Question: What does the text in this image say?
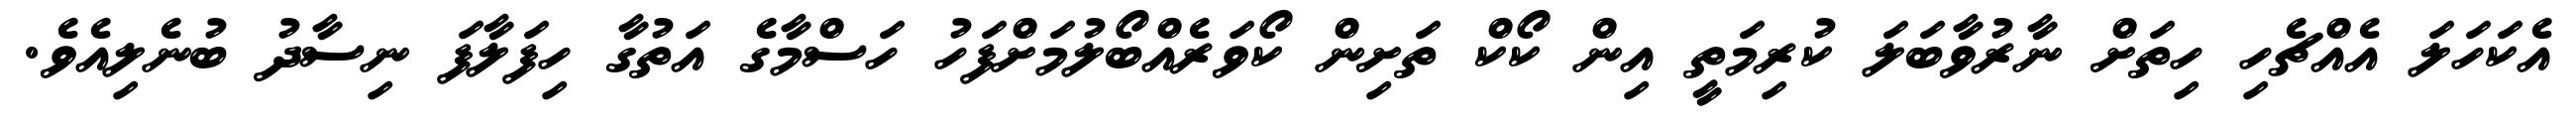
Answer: އެކަހަލަ އެއްޗެހި ހިތަށް ނާރުވާބަލަ ކުރިމަތީ އިން ކޯކް ތަށިން ކޯވަރެއްބޯލުމަށްފަހު ހަސްމާގެ އަތުގާ ހިފަލާފަ ނިސާދު ބުނެލިއެވެ.